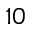
1 0